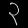
Digit: ၃